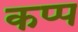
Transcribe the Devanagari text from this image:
कप्प